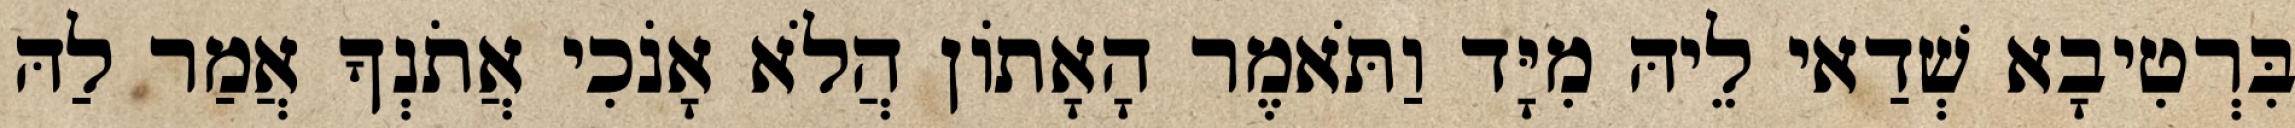
בִּרְטִיבָא שְׁדַאי לֵיהּ מִיָּד וַתֹּאמֶר הָאָתוֹן הֲלֹא אָנֹכִי אֲתֹנְךָ אֲמַר לַהּ